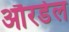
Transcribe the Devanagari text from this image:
औरडेल